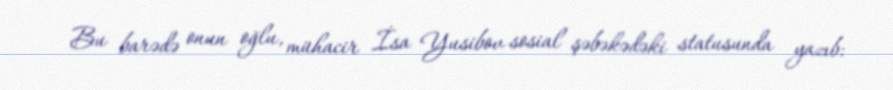
Bu barədə onun oğlu, mühacir İsa Yusibov sosial şəbəkədəki statusunda yazıb: